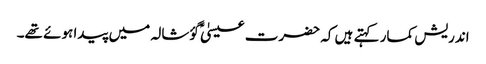
اندریش کمار کہتے ہیں کہ حضرت عیسیٰؑ گؤشالہ میں پیدا ہوئے تھے۔